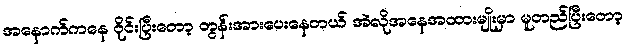
အနောက်ကနေ ဝိုင်းပြီးတော့ တွန်းအားပေးနေတယ် အဲလိုအနေအထားမျိုးမှာ မူတည်ပြီးတော့